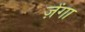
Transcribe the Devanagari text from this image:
ज़ेंगा